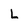
Character: L